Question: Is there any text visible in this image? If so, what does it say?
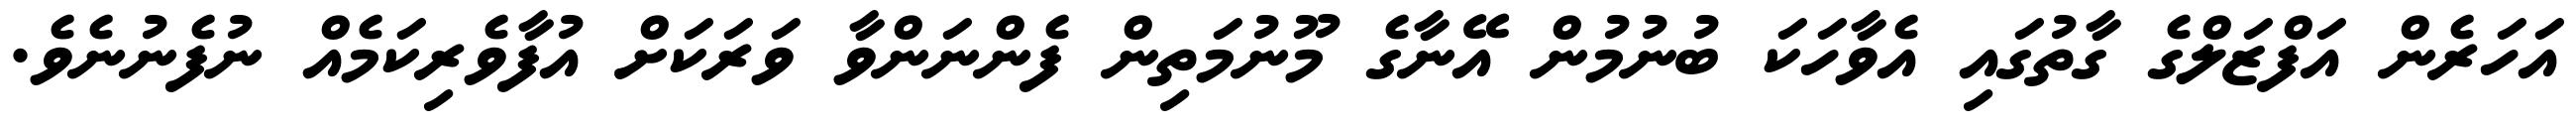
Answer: އަހަރެން އަފްޒަލްގެ ގާތުގައި އެވާހަކަ ބުނުމުން އޭނާގެ މޫނުމަތިން ފެންނަންވާ ވަރަކަށް އުފާވެރިކަމެއް ނުފެނުނެވެ.